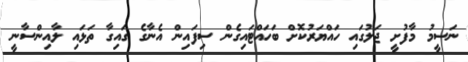
ނަސީމު މާފުށީ ޖަލުގައި ހައްޔަރުކޮށް ބަހައްޓައިގެން ސިފައިން އެނާގެ ގައިގާ ތަޅައި ލާއިންސާނީ